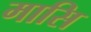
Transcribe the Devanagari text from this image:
मासि